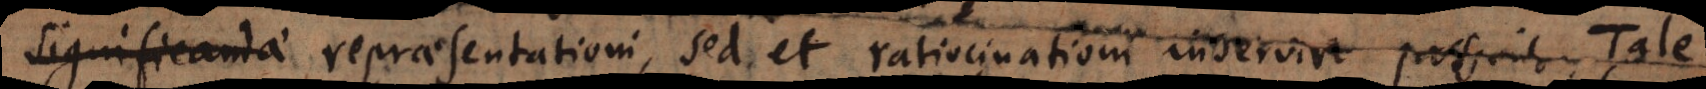
significandae repraesentationi, sed et ratiocinationi inservire possint. Tale